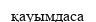
қауымдаса